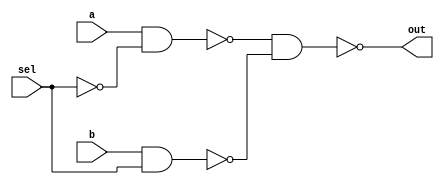
module mux #(parameter N = 1) (a, b, sel, out);
  input [N-1:0] a, b;
  input sel;
  output [N-1:0] out;

  wire w1, w2, w3;
  not n1(w1, sel);
  nand a1(w2, a, w1);
  nand a2(w3, b, sel);
  nand o1(out, w2, w3);

endmodule

module barrel_shifter #(parameter N = 8, parameter logN = 3) (in, shift_selection, out);
  input [N-1:0] in;
  input [logN-1:0] shift_selection;
  output [N-1:0] out;

  wire [(N*(logN+1))-1:0] w;
  assign w[N-1:0] = in;
  assign out = w[(N*(logN+1))-1:N*logN];

  // integer k;
  genvar i, j;
  generate
  for(j = 0; j < logN; j = j + 1) begin: outter_loop
    // assign k = (j == 0) ? 1 : 2 * k;
    for(i = 0; i < N; i = i + 1) begin: inner_loop
    // mux m(w[(j*N)+i], ((i-k < 0) ? 1'b0 : w[(j*N)+i-k]), shift_selection[j], w[((j+1)*N)+i]);
    if (j == 0)  mux m(w[(j*N)+i], ((i-1 < 0) ? 1'b0 : w[(j*N)+i-1]), shift_selection[j], w[((j+1)*N)+i]);
    else if (j == 1)  mux m(w[(j*N)+i], ((i-2 < 0) ? 1'b0 : w[(j*N)+i-2]), shift_selection[j], w[((j+1)*N)+i]);
    else if (j == 2)  mux m(w[(j*N)+i], ((i-4 < 0) ? 1'b0 : w[(j*N)+i-4]), shift_selection[j], w[((j+1)*N)+i]);
    end
  end
  endgenerate

endmodule